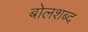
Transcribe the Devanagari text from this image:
बोलशब्द